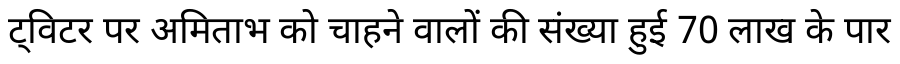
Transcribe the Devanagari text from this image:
ट्विटर पर अमिताभ को चाहने वालों की संख्या हुई 70 लाख के पार